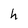
Character: h